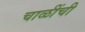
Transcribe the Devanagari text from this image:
चाळींची